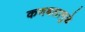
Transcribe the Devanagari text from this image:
कणबलामुळे